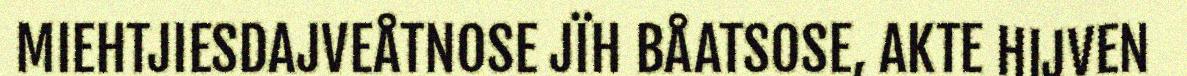
MIEHTJIESDAJVEÅTNOSE JÏH BÅATSOSE, AKTE HIJVEN